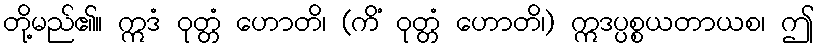
တို့မည်၏။ ဣဒံ ဝုတ္တံ ဟောတိ၊ (ကိံ ဝုတ္တံ ဟောတိ၊) ဣဒပ္ပစ္စယတာယစ၊ ဤ